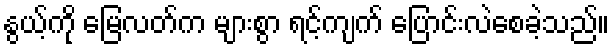
နွယ့်ကို မြေလတ်က များစွာ ရင့်ကျက် ပြောင်းလဲစေခဲ့သည်။